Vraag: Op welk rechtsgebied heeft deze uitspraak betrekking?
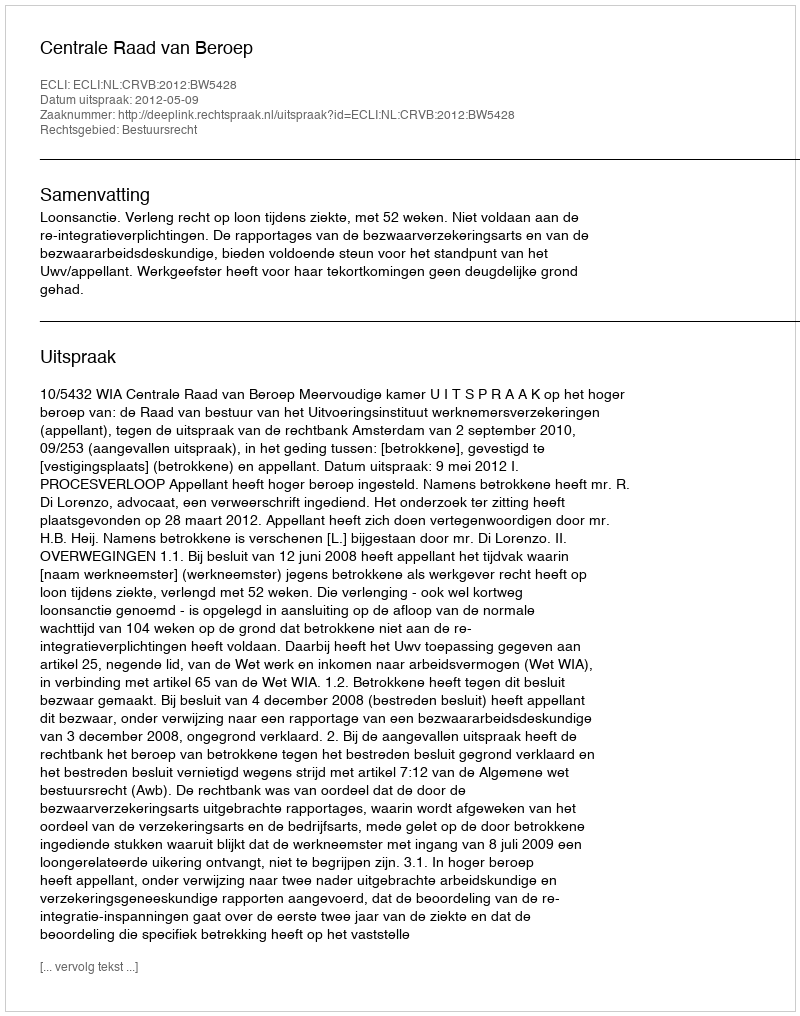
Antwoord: Bestuursrecht